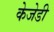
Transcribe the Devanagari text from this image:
केजेडी